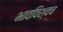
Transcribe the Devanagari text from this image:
भावविश्वच